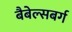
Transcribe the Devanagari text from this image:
बैबेल्सबर्ग